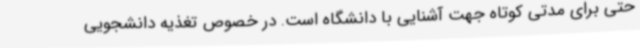
حتی برای مدتی کوتاه جهت آشنایی با دانشگاه است. در خصوص تغذیه دانشجویی